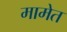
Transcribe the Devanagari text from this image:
मामेत